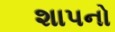
શાપનો